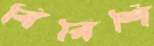
বিরিশি